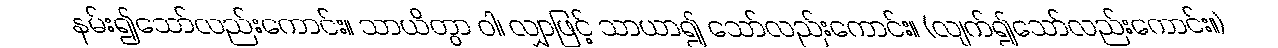
နမ်း၍သော်လည်းကောင်း။ သာယိတွာ ဝါ၊ လျှာဖြင့် သာယာ၍ သော်လည်းကောင်း။ (လျက်၍သော်လည်းကောင်း။)